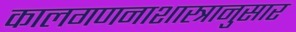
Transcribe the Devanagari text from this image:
कालगणनाशास्त्रानुसार